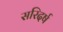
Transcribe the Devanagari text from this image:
सरिदर्ष